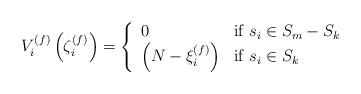
LaTeX: \begin{align*}V_i^{(f)}\left(\zeta_i^{(f)}\right) = \left\{ \begin{array}{ll}0 & \textrm{if $s_i\in S_m-S_k$}\\\left(N-\xi_i^{(f)}\right) & \textrm{if $s_i\in S_k$}\end{array} \right.\end{align*}